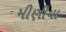
મીણીયા